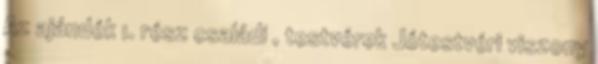
Az ajándék 1. rész családi , testvérek Jótestvéri viszony